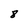
Character: 8